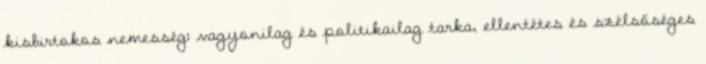
kisbirtokos nemesség: vagyonilag és politikailag tarka, ellentétes és szélsőséges